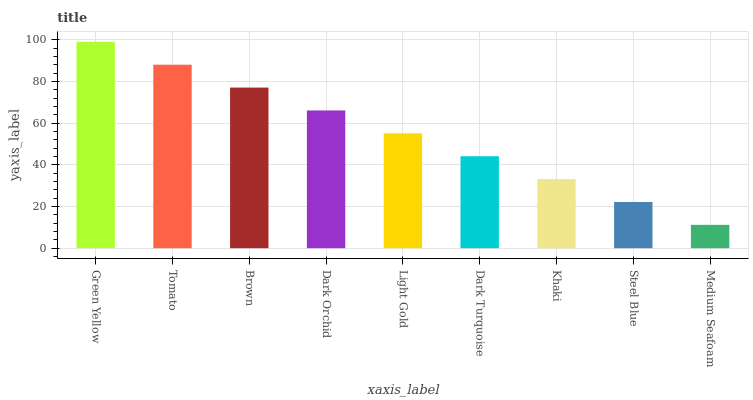
| xaxis_label | bars |
 | --- | --- |
 | Green Yellow | 99 |
 | Tomato | 88 |
 | Brown | 77.1 |
 | Dark Orchid | 66.1 |
 | Light Gold | 55.1 |
 | Dark Turquoise | 44.1 |
 | Khaki | 33.2 |
 | Steel Blue | 22.2 |
 | Medium Seafoam | 11.2 |